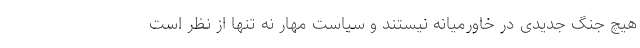
هیچ جنگ جدیدی در خاورمیانه نیستند و سیاست مهار نه تنها از نظر است